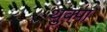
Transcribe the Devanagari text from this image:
थुक्पा